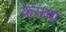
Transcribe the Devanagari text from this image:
कसचा